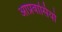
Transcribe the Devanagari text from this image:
आप्रवासियो